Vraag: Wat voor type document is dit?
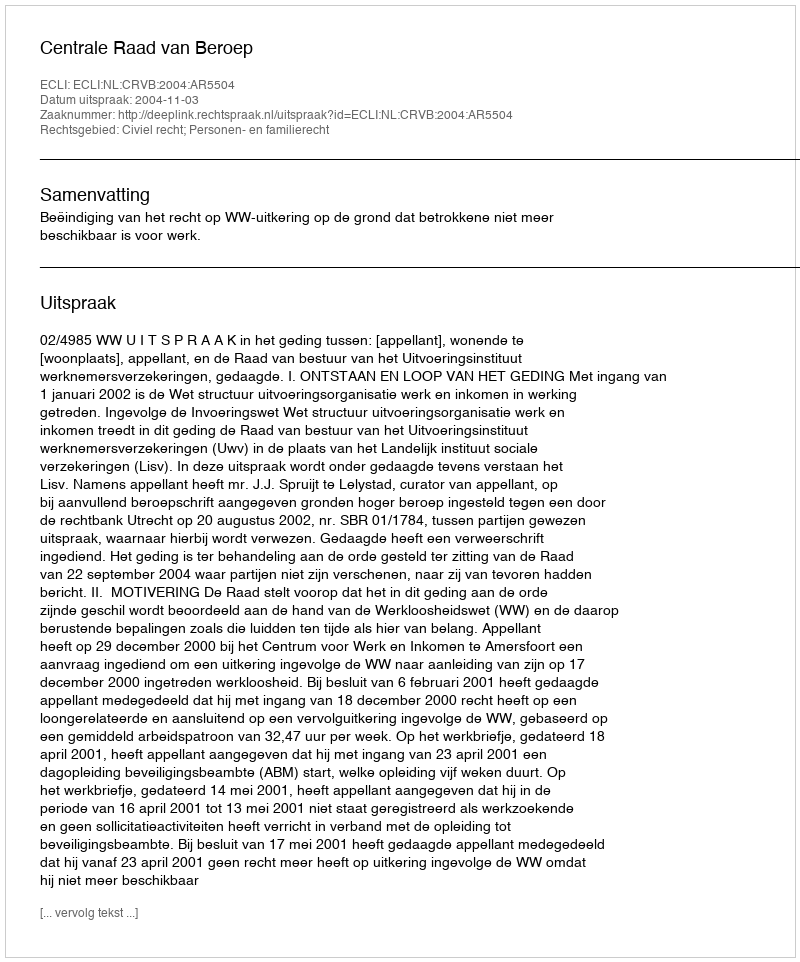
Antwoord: Uitspraak